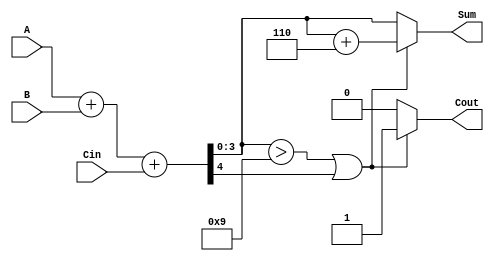
module BCD_Fast_Adder (
    input  wire [3:0] A,     // First BCD digit (0-9)
    input  wire [3:0] B,     // Second BCD digit (0-9)
    input  wire Cin,         // Carry input
    output reg  [3:0] Sum,   // BCD sum output
    output reg  Cout         // Carry output
);

    wire [4:0] S;           // 5-bit sum to hold A + B + Cin
    wire correction_needed;  // Flag to indicate if correction is needed

    // Step 1: Perform binary addition
    assign S = A + B + Cin;

    // Step 2: Check if correction is needed
    assign correction_needed = (S[3:0] > 4'd9) || S[4];

    // Step 3: Calculate the final BCD sum
    always @(*) begin
        if (correction_needed) begin
            Sum = S[3:0] + 4'b0110; // Add 6 to correct the BCD sum
            Cout = 1'b1;            // Set carry out
        end else begin
            Sum = S[3:0];           // No correction needed
            Cout = 1'b0;            // No carry out
        end
    end

endmodule